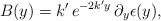
\begin{align*}B(y)=k'\,e^{-2k'y}\,\partial_y\epsilon(y), \end{align*}